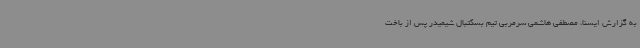
به گزارش ایسنا، مصطفی هاشمی سرمربی تیم بسکتبال شیمیدر پس از باخت